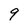
Character: 9